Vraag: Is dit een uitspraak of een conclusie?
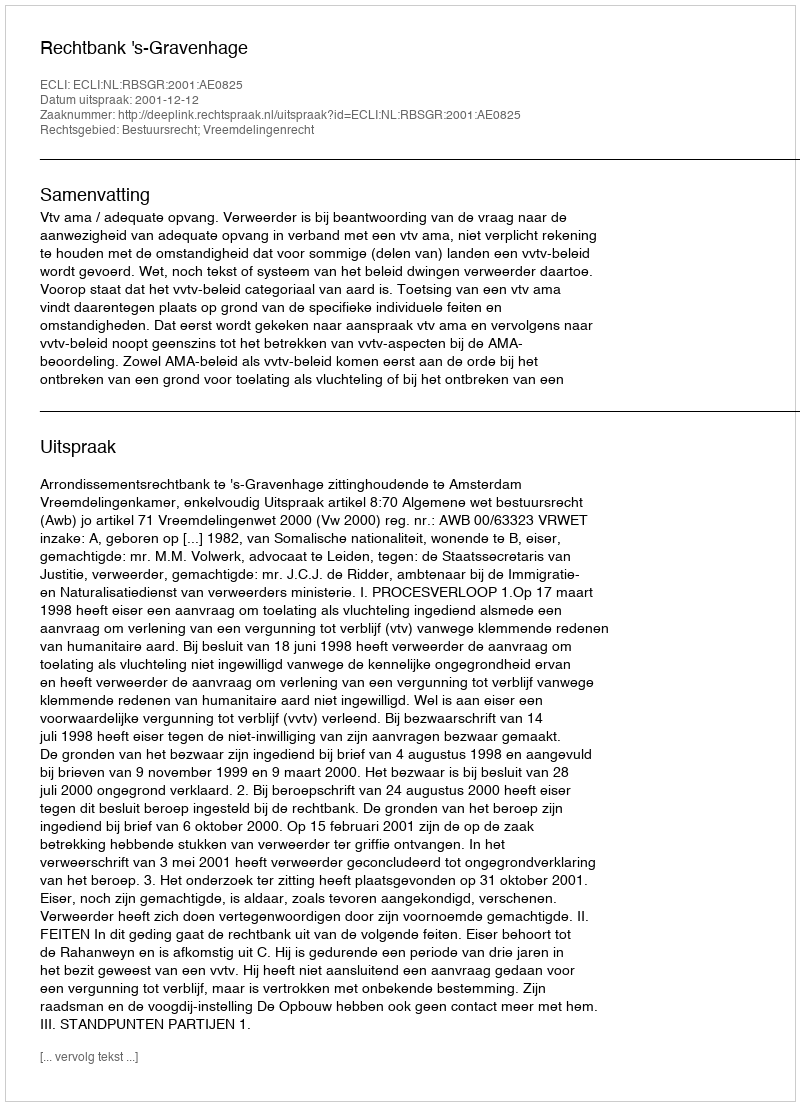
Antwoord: Uitspraak